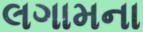
લગામના